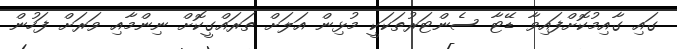
ގައި ގާއިމުކޮށްފައިވާ ޑޭޓާ ސެންޓަރުތަކަކީ މުޅިން އަލަށް ތަރައްގީކޮށް ނިންމާއި ވަރަށް ފަހުން